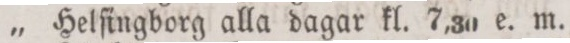
„ Helſingborg alla dagar kl. 7,30 e. m.